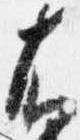
右